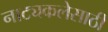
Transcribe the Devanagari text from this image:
नाट्यकलेसाठी